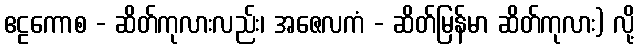
ဧဠကောစ - ဆိတ်ကုလားလည်း၊ အဇေလကံ - ဆိတ်မြန်မာ ဆိတ်ကုလား) လို့